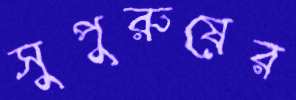
সুপুরুষের